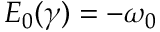
E _ { 0 } ( \gamma ) = - \omega _ { 0 }